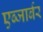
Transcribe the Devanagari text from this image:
एब्जार्बर